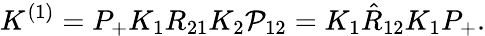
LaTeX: K^{(1)}=P_{+}K_{1}R_{21}K_{2}{\cal P}_{12}=K_{1}\hat{R}_{12}K_{1}P_{+}.